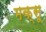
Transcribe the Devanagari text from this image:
मक्सू